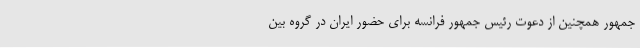
جمهور همچنین از دعوت رئیس جمهور فرانسه برای حضور ایران در گروه بین